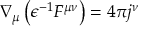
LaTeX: \nabla _ { \mu } \left( \epsilon ^ { - 1 } F ^ { \mu \nu } \right) = 4 \pi j ^ { \nu }